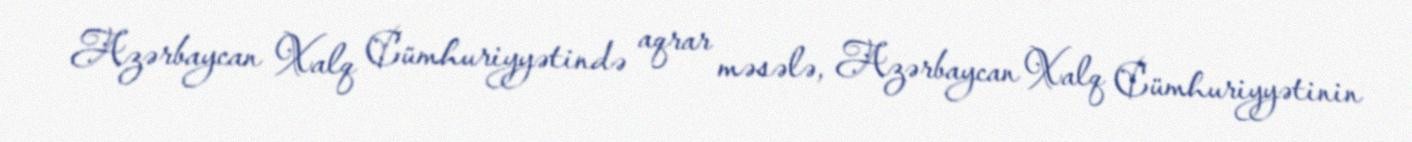
Azərbaycan Xalq Cümhuriyyətində aqrar məsələ, Azərbaycan Xalq Cümhuriyyətinin